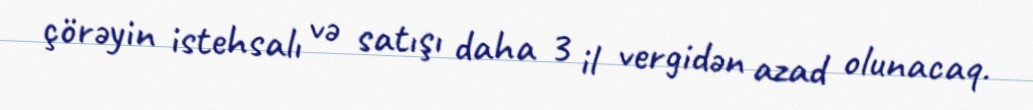
çörəyin istehsalı və satışı daha 3 il vergidən azad olunacaq.